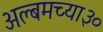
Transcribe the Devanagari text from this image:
अल्बमच्या३०